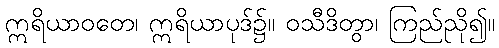
ဣရိယာဝတေ၊ ဣရိယာပုဒ်၌။ ဝသီဒိတွာ၊ ကြည်ညို၍။